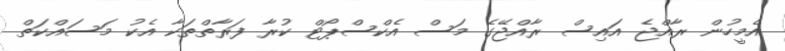
އެމީހުން ރާއްޖެ އައިސް ރާއްޖޭގެ މަސް އެކްސްޕޯޓް ކުރާ ފަރާތްތަކާ އެކު މަސައްކަތް